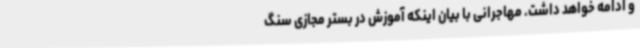
و ادامه خواهد داشت. مهاجرانی با بیان اینکه آموزش در بستر مجازی سنگ